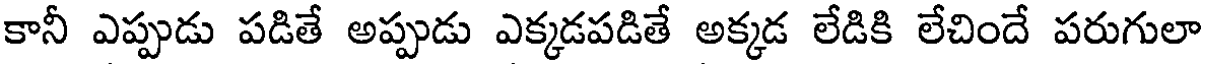
కానీ ఎప్పుడు పడితే అప్పుడు ఎక్కడపడితే అక్కడ లేడికి లేచిందే పరుగులా